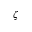
\zeta